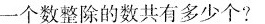
一个数整除的数共有多少个?